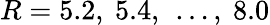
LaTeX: R=5.2,\ 5.4,\ \dots,\ 8.0